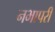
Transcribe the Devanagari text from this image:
नभापरी